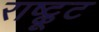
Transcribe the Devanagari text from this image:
राष्ट्कूट